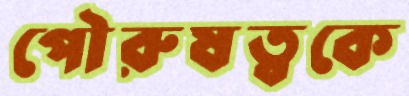
পৌরুষত্বকে